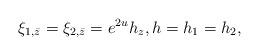
LaTeX: \begin{align*}\xi_{1,\bar{z}} = \xi_{2,\bar{z}} = e^{2u} h_{z}, h= h_1 = h_2,\end{align*}